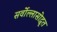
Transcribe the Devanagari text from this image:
सर्वोल्लासोद्धृत